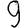
Digit: 9